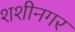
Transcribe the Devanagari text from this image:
शशीनगर